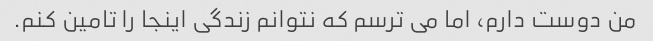
من دوست دارم، اما می ترسم که نتوانم زندگی اینجا را تامین کنم.